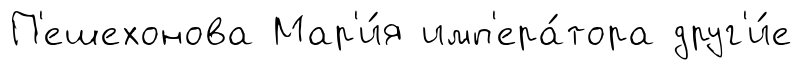
П'ешехонова Мар'и́я имп'ера́тора друг'и́е